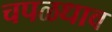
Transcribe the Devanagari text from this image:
चपळधाव